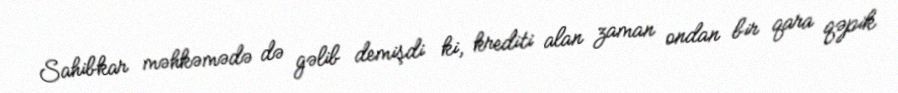
Sahibkar məhkəmədə də gəlib demişdi ki, krediti alan zaman ondan bir qara qəpik